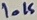
Text: 10K